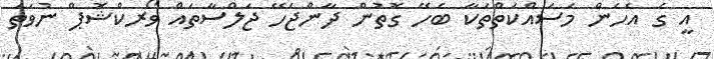
އީ ގެ އެހެން މަސައްކަތްތަކާ ބެހޭ ގޮތުން ދާންޖެހޭ ޖަލްސާތައް ވޯރކްޝޮޕް ނުވަތަ